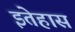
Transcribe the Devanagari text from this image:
इतेहास